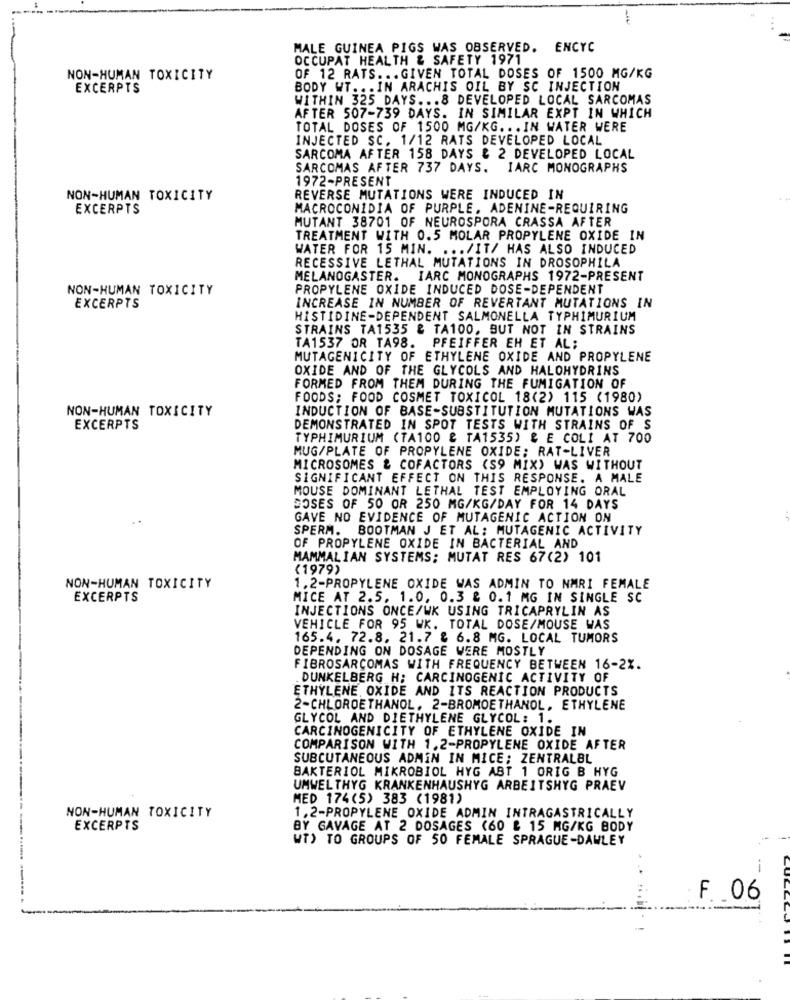
MALE GUINEA PIGS WAS OBSERVED. ENCYC
OCCUPAT HEALTH & SAFETY 1971
NON-HUMAN TOXICITY
OF 12 RATS ... GIVEN TOTAL DOSES OF 1500 MG/KG
EXCERPTS
BODY WT ... IN ARACHIS OIL BY SC INJECTION
WITHIN 325 DAYS ... 8 DEVELOPED LOCAL SARCOMAS
AFTER 507-739 DAYS. IN SIMILAR EXPT IN WHICH
TOTAL DOSES OF 1500 MG/KG ... IN WATER WERE
INJECTED SC. 1/12 RATS DEVELOPED LOCAL
SARCOMA AFTER 158 DAYS & 2 DEVELOPED LOCAL
SARCOMAS AFTER 737 DAYS. IARC MONOGRAPHS
1972-PRESENT
NON-HUMAN TOXICITY
REVERSE MUTATIONS WERE INDUCED IN
EXCERPTS
MACROCONIDIA OF PURPLE, ADENINE-REQUIRING
MUTANT 38701 OF NEUROSPORA CRASSA AFTER
TREATMENT WITH 0.5 MOLAR PROPYLENE OXIDE IN
WATER FOR 15 MIN. ... /IT/ HAS ALSO INDUCED
RECESSIVE LETHAL MUTATIONS IN DROSOPHILA
MELANOGASTER. IARC MONOGRAPHS 1972-PRESENT
NON-HUMAN TOXICITY
PROPYLENE OXIDE INDUCED DOSE-DEPENDENT
INCREASE IN NUMBER OF REVERTANT MUTATIONS IN
EXCERPTS
HISTIDINE-DEPENDENT SALMONELLA TYPHIMURIUM
STRAINS TA1535 & TA100, BUT NOT IN STRAINS
TA1537 OR TA98. PFEIFFER EH ET AL;
MUTAGENICITY OF ETHYLENE OXIDE AND PROPYLENE
OXIDE AND OF THE GLYCOLS AND HALOHYDRINS
FORMED FROM THEM DURING THE FUMIGATION OF
FOODS; FOOD COSMET TOXICOL 18(2) 115 (1980)
NON-HUMAN TOXICITY
INDUCTION OF BASE-SUBSTITUTION MUTATIONS WAS
EXCERPTS
DEMONSTRATED IN SPOT TESTS WITH STRAINS OF S
TYPHIMURIUM (TA100 & TA1535) & E COLI AT 700
MUG/PLATE OF PROPYLENE OXIDE: RAT-LIVER
MICROSOMES & COFACTORS (S9 MIX) WAS WITHOUT
SIGNIFICANT EFFECT ON THIS RESPONSE. A MALE
MOUSE DOMINANT LETHAL TEST EMPLOYING ORAL
DOSES OF 50 OR 250 MG/KG/DAY FOR 14 DAYS
GAVE NO EVIDENCE OF MUTAGENIC ACTION ON
SPERM. BOOTMAN J ET AL: MUTAGENIC ACTIVITY
OF PROPYLENE OXIDE IN BACTERIAL AND
MAMMALIAN SYSTEMS; MUTAT RES 67(2) 101
(1979)
NON-HUMAN TOXICITY
1.2-PROPYLENE OXIDE WAS ADMIN TO NMRI FEMALE
EXCERPTS
MICE AT 2.5. 1.0, 0.3 & 0.1 MG IN SINGLE SC
INJECTIONS ONCE/WK USING TRICAPRYLIN AS
VEHICLE FOR 95 WK. TOTAL DOSE/MOUSE WAS
165.4. 72.8. 21.7 & 6.8 MG. LOCAL TUMORS
DEPENDING ON DOSAGE WERE MOSTLY
FIBROSARCOMAS WITH FREQUENCY BETWEEN 16-2%.
DUNKELBERG H: CARCINOGENIC ACTIVITY OF
ETHYLENE OXIDE AND ITS REACTION PRODUCTS
2-CHLOROETHANOL. 2-BROMOETHANOL. ETHYLENE
GLYCOL AND DIETHYLENE GLYCOL: 1.
CARCINOGENICITY OF ETHYLENE OXIDE IN
COMPARISON WITH 1.2-PROPYLENE OXIDE AFTER
SUBCUTANEOUS ADMIN IN MICE; ZENTRALBL
BAKTERIOL MIKROBIOL HYG ABT 1 ORIG B HYG
UMWELTHYG KRANKENHAUSHYG ARBEITSHYG PRAEV
MED 174(5) 383 (1981)
NON-HUMAN TOXICITY
1.2-PROPYLENE OXIDE ADMIN INTRAGASTRICALLY
EXCERPTS
BY GAVAGE AT 2 DOSAGES (60 & 15 MG/KG BODY
WT) TO GROUPS OF 50 FEMALE SPRAGUE-DAWLEY
---
F 06